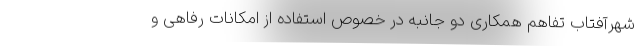
شهرآفتاب تفاهم همکاری دو جانبه در خصوص استفاده از امکانات رفاهی و